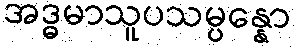
အဒ္ဓမာသူပသမ္ပန္နော